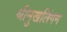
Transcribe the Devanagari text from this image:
श्रीमुखलिंगम